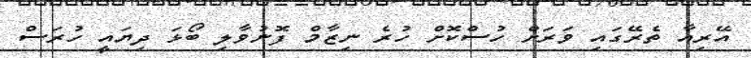
އޭރިއާ ތެރޭގައި ވަރަށް ހުސްކޮށް ހުރެ ނިޒާމް ފޮނުވާލި ބޯޅަ ދިޔައީ ހުރަސް